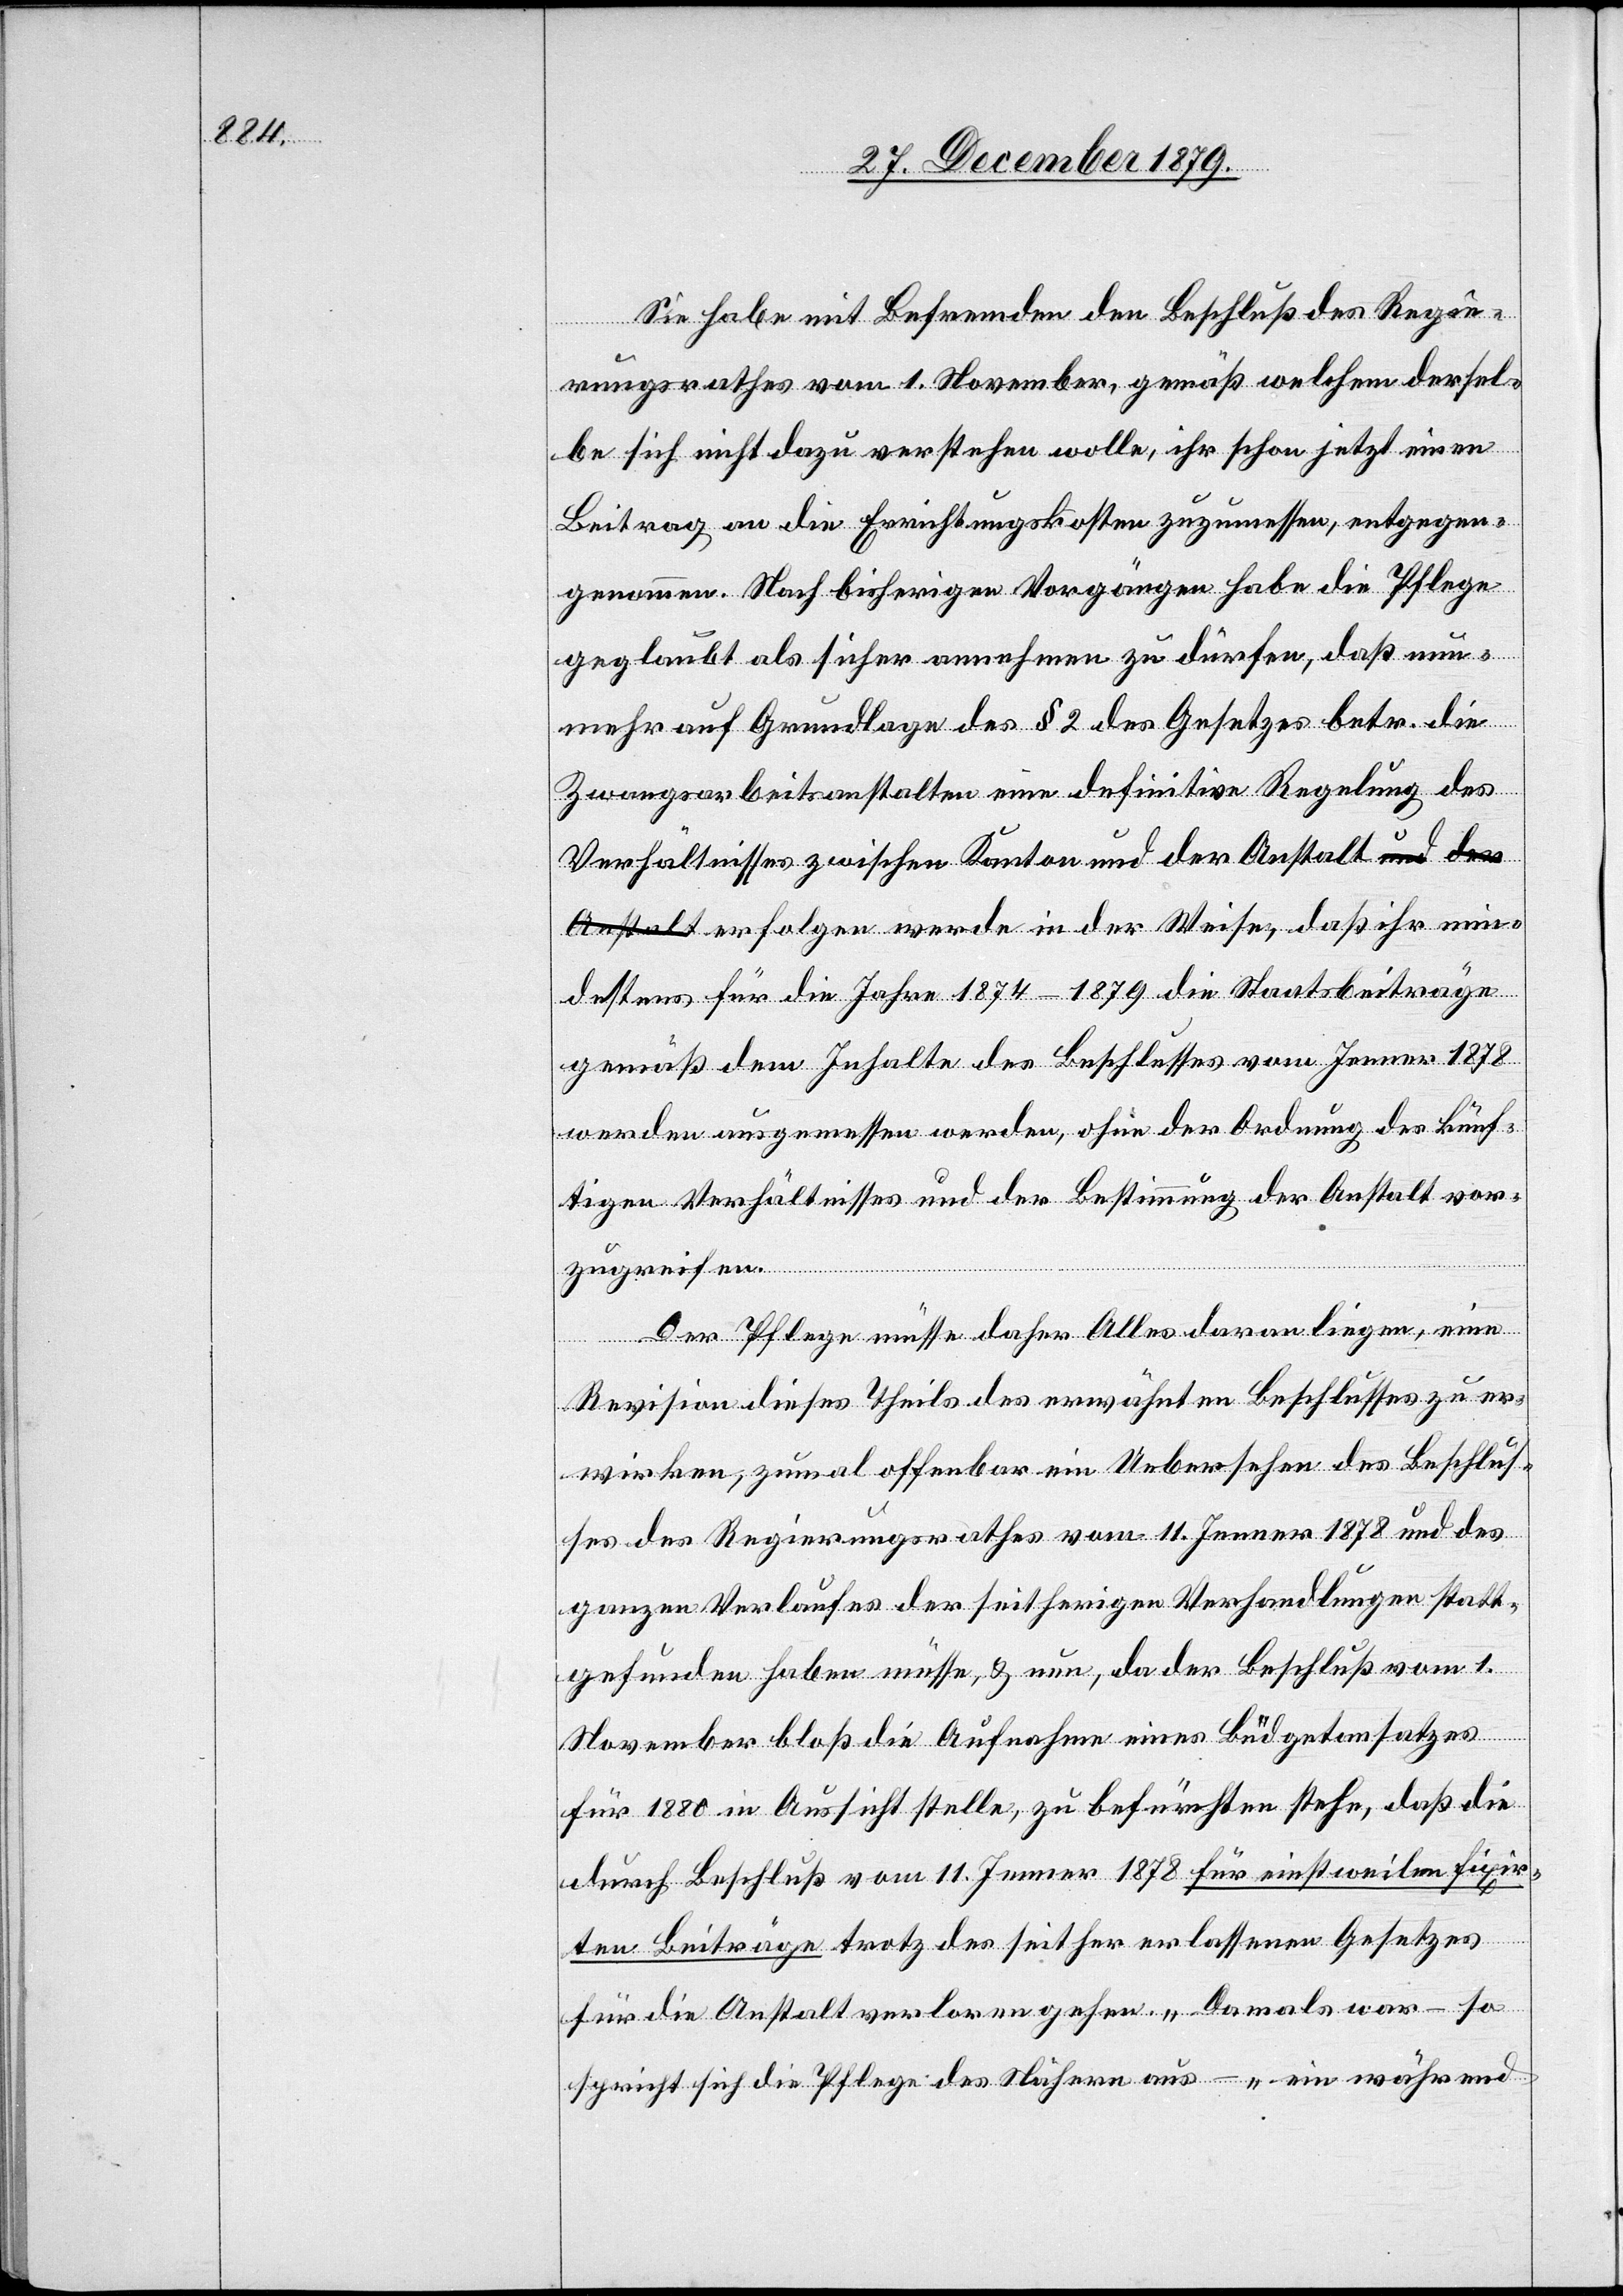
fixir¬

Sie habe mit Befremden den Beschluß des Regie¬
rungsrathes vom 1. November, gemäß welchem dersel¬
be sich nicht dazu verstehen wolle, ihr schon jetzt eine
Beitrag an die Errichtungskosten zuzumessen, entgegen¬
genommen. Nach bisherigen Vorgängen habe die Pflege
geglaubt als sicher annehmen zu dürfen, daß nun¬
mehr auf Grundlage des § 2 des Gesetzes betr. die
Zwangsarbeitsanstalten eine definitive Regelung des
Verhältnisses zwischen Kanton und der Anstalt erfolgen
destens für die Jahre 1874–1879 die Staatsbeiträge
gemäß dem Inhalte des Beschlusses vom Jenner 1878
werden ausgemessen werden, ohne der Ordnung des künf¬
tigen Verhältnisses und der Bestimmung der Anstalt vor¬
zugreifen.
Der Pflege müsse daher Alles daran liegen, eine
Revision dieses Theils des erwähnten Beschlusses zu er¬
wirken, zumal offenbar ein Uebersehen des Beschlus¬
ses des Regierungsrathes vom 11. Jenner 1878 und des
ganzen Verlaufes der seitherigen Verhandlungen statt¬
gefunden haben müsse, & nun, da der Beschluß vom 1.
November bloß die Aufnahme eines Büdgetansatzes
für 1880 in Aussicht stelle, zu befürchten stehe, daß die
ten Beiträge trotz des seither erlassenen Gesetzes
für die Anstalt verloren gehe. „Damals war – so
spricht sich die Pflege des Näheren aus – „ein während